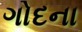
ગોદના